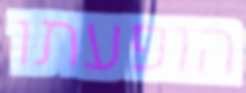
הופעתו